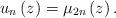
LaTeX: \begin{align*}u_{n}\left( z\right) =\mu_{2n}\left( z\right) . \end{align*}